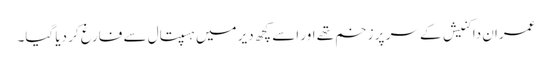
عمران داکنیش کے سر پر زخم تھے اور اسے کچھ دیر میں ہسپتال سے فارغ کر دیا گیا۔